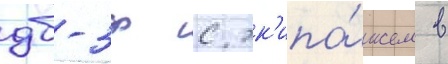
дб-3ф с эк'ипа́жем в